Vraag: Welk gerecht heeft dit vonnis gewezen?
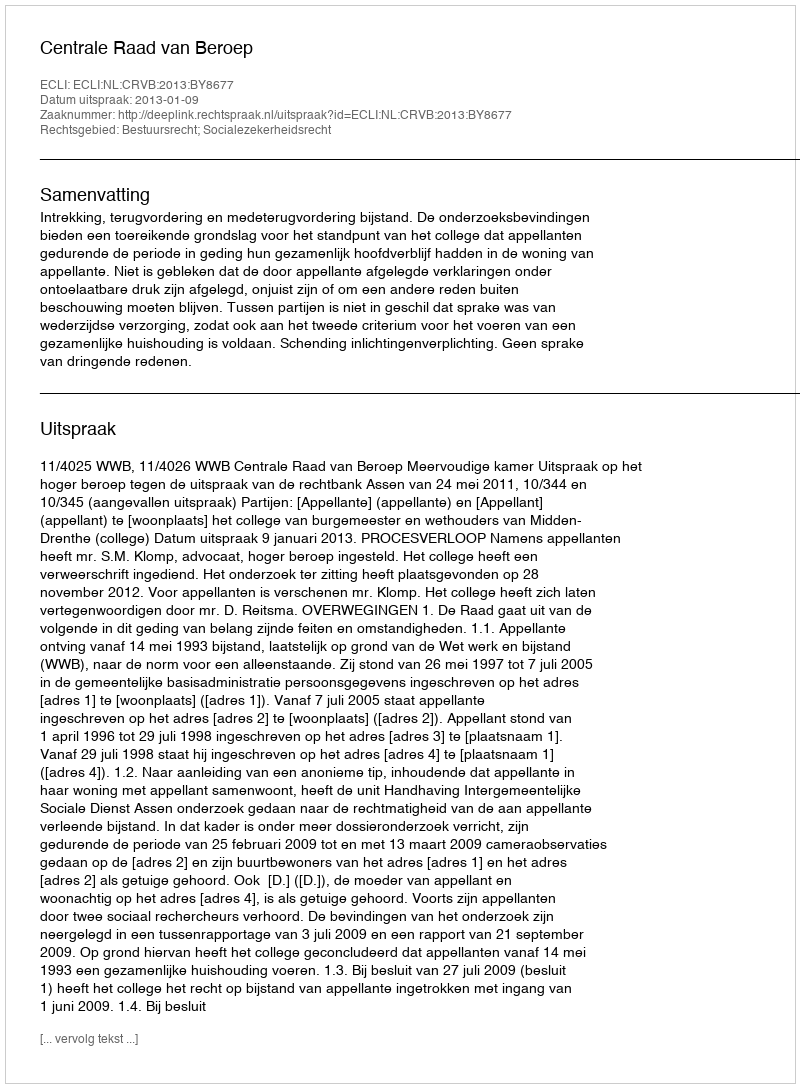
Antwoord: Centrale Raad van Beroep